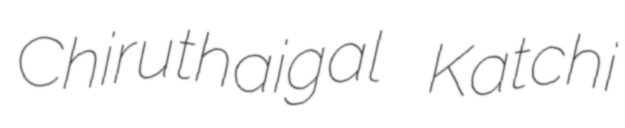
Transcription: Chiruthaigal Katchi